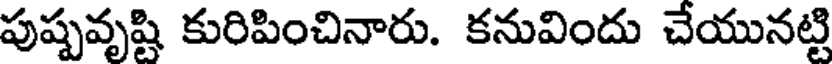
పుష్పవృష్టి కురిపించినారు. కనువిందు చేయునట్టి